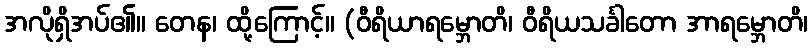
အလိုရှိအပ်၏။ တေန၊ ထို့ကြောင့်။ (ဝီရိယာရမ္ဘောတိ၊ ဝီရိယသင်္ခါတော အာရမ္ဘောတိ၊